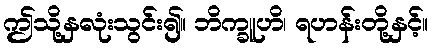
ဤသို့နှလုံးသွင်း၍။ ဘိက္ခူဟိ၊ ရဟန်းတို့နှင့်။